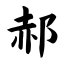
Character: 郝